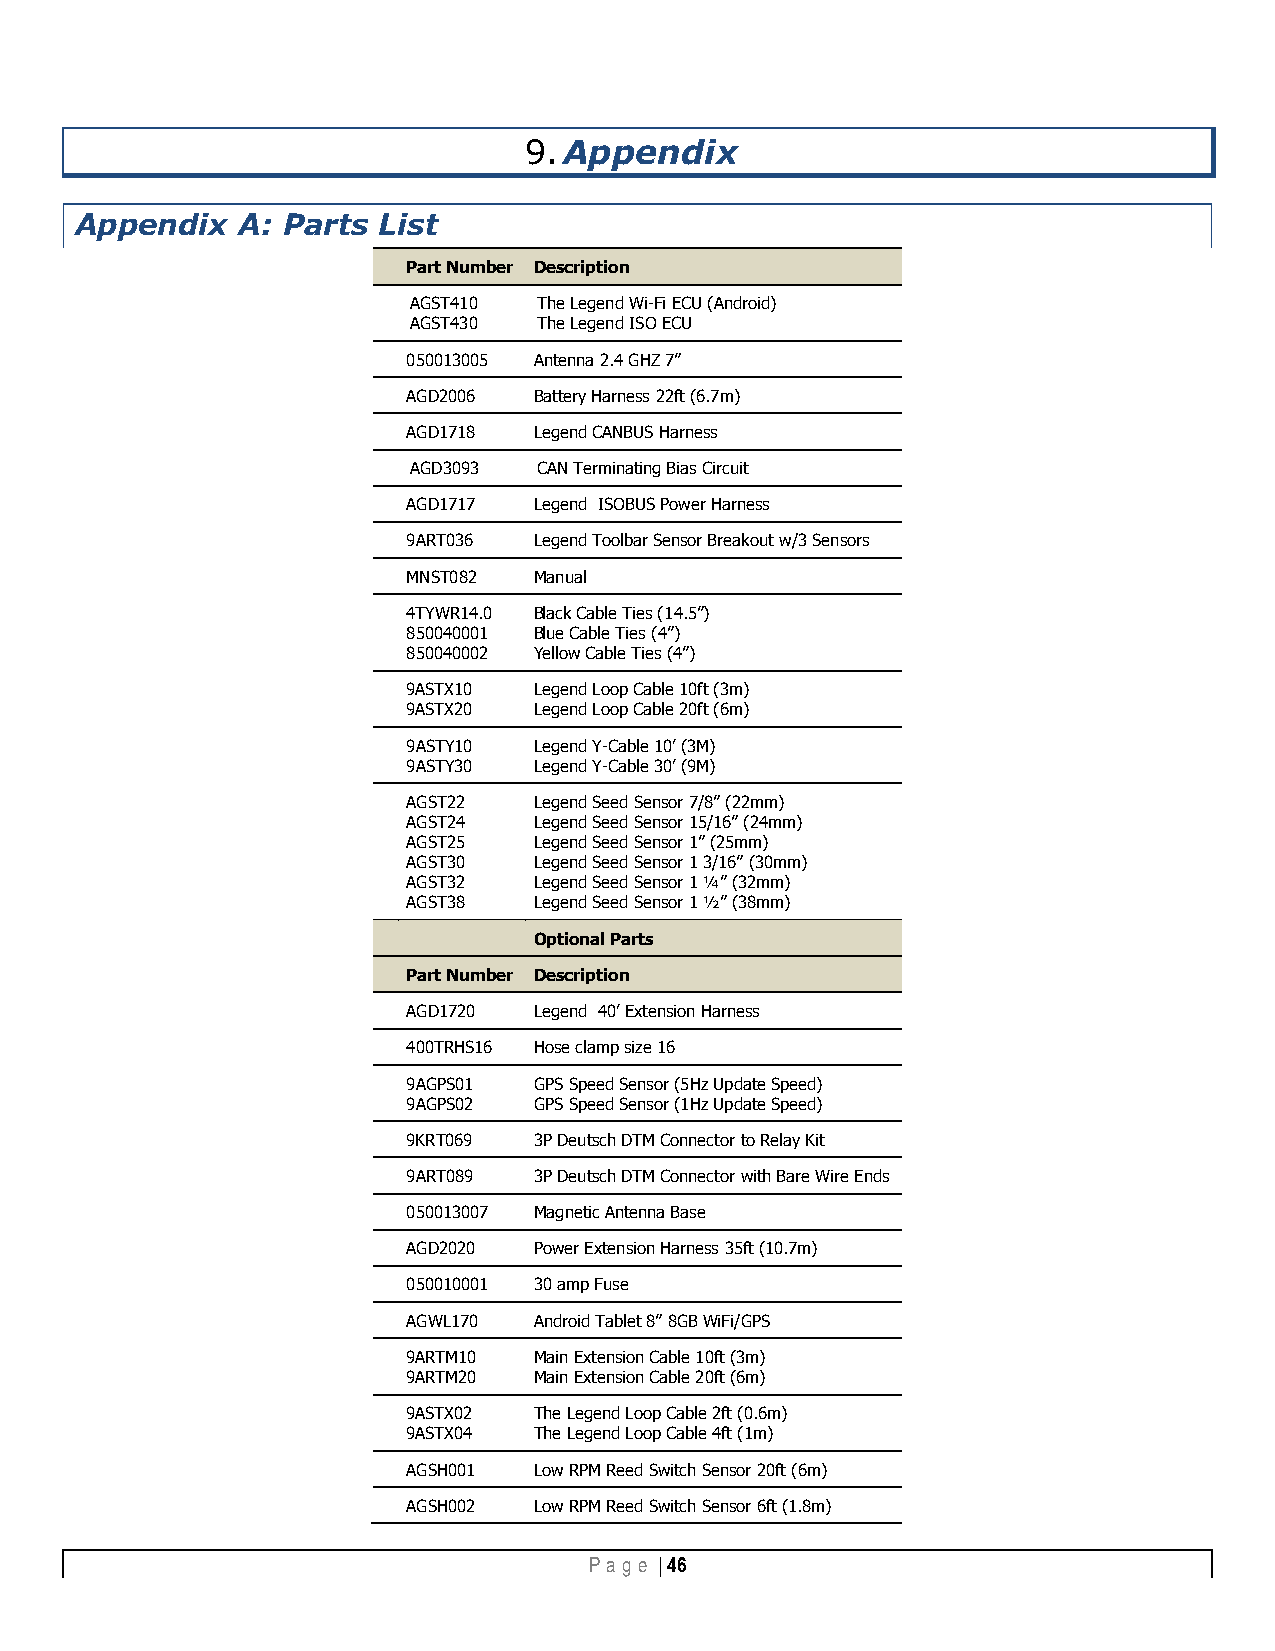
9. Appendix
 Appendix   A: Parts List
 Part Number Description
 AGST410  The Legend Wi-Fi ECU (Android)
 AGST430  The Legend ISO ECU
 050013005 Antenna 2.4 GHZ 7”
 AGD2006 Battery Harness 22ft (6.7m)
 AGD1718 Legend CANBUS Harness
 AGD3093  CAN Terminating Bias Circuit
 AGD1717 Legend ISOBUS Power Harness
 9ART036 Legend Toolbar Sensor Breakout w/3 Sensors
 MNST082 Manual
 4TYWR14.0 Black Cable Ties (14.5”)
 850040001 Blue Cable Ties (4”)
 850040002 Yellow Cable Ties (4”)
 9ASTX10 Legend Loop Cable 10ft (3m)
 9ASTX20 Legend Loop Cable 20ft (6m)
 9ASTY10 Legend Y-Cable 10’ (3M)
 9ASTY30 Legend Y-Cable 30’ (9M)
 AGST22  Legend Seed Sensor 7/8” (22mm)
 AGST24  Legend Seed Sensor 15/16” (24mm)
 AGST25  Legend Seed Sensor 1” (25mm)
 AGST30  Legend Seed Sensor 1 3/16” (30mm)
 AGST32  Legend Seed Sensor 1 ¼” (32mm)
 AGST38  Legend Seed Sensor 1 ½” (38mm)
 Optional Parts
 Part Number Description
 AGD1720 Legend 40’ Extension Harness
 400TRHS16 Hose clamp size 16
 9AGPS01 GPS Speed Sensor (5Hz Update Speed)
 9AGPS02 GPS Speed Sensor (1Hz Update Speed)
 9KRT069 3P Deutsch DTM Connector to Relay Kit
 9ART089 3P Deutsch DTM Connector with Bare Wire Ends
 050013007 Magnetic Antenna Base
 AGD2020 Power Extension Harness 35ft (10.7m)
 050010001 30 amp Fuse
 AGWL170 Android Tablet 8” 8GB WiFi/GPS
 9ARTM10 Main Extension Cable 10ft (3m)
 9ARTM20 Main Extension Cable 20ft (6m)
 9ASTX02 The Legend Loop Cable 2ft (0.6m)
 9ASTX04 The Legend Loop Cable 4ft (1m)
 AGSH001 Low RPM Reed Switch Sensor 20ft (6m)
 AGSH002 Low RPM Reed Switch Sensor 6ft (1.8m)
 Pa g e | 46